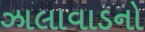
ઝાલાવાડનો